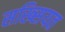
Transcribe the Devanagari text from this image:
सख्सियत